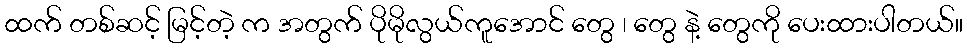
ထက် တစ်ဆင့် မြင့်တဲ့ က အတွက် ပိုမိုလွယ်ကူအောင် တွေ ၊ တွေ နဲ့ တွေကို ပေးထားပါတယ်။